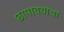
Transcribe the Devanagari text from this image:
छापावयाचा